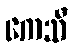
ကေသီ